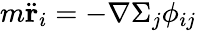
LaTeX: m\ddot{\mathbf{r}}_{i}=-\nabla\Sigma_{j}\phi_{ij}